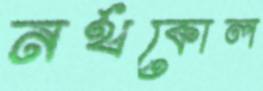
নর্থকোল